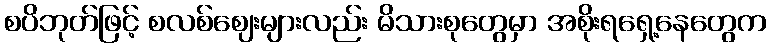
စပိဘုတ်ဖြင့် စလစ်ဈေးများလည်း မိသားစုတွေမှာ အစိုးရရှေ့နေတွေက